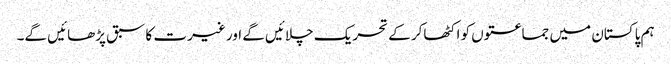
ہم پاکستان میں جماعتوں کو اکٹھاکر کے تحریک چلائیں گے اور غیرت کا سبق پڑھائیں گے۔